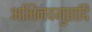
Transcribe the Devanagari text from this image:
अभिनवगुप्तादि